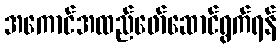
အကောင်အထည်ဖော်ဆောင်ရွက်ရန်